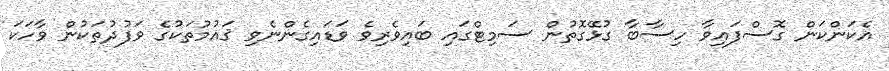
އެކަންކަން ގޮސްފައިވާ ހިސާބާ ގުޅޭގޮތުން ސަމިޓްގައި ބައިވެރިވެ ވަޑައިގެންނެވި ޤައުމުތަކުގެ ވަފުދުތަކުން ވާހަކަ